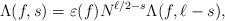
LaTeX: \begin{align*} \Lambda(f,s) = \varepsilon(f) N^{\ell/2-s} \Lambda(f,\ell-s),\end{align*}